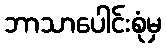
ဘာသာပေါင်းစုံမှ